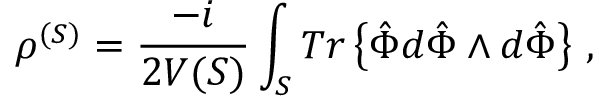
\rho ^ { ( { \cal S } ) } = \frac { - i } { 2 V ( { \cal S } ) } \int _ { { \cal S } } { T r \left\{ \hat { \Phi } d \hat { \Phi } \wedge d \hat { \Phi } \right\} } \ ,